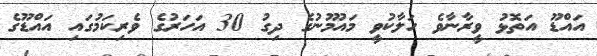
އައްޑޫ އަތޮޅު ވީރާނާވެ ހަލާކުވީ މައުމޫނުގެ ދިގު 30 އަހަރުގެ ވެރިކަމުގައި އައްޑޫގެ